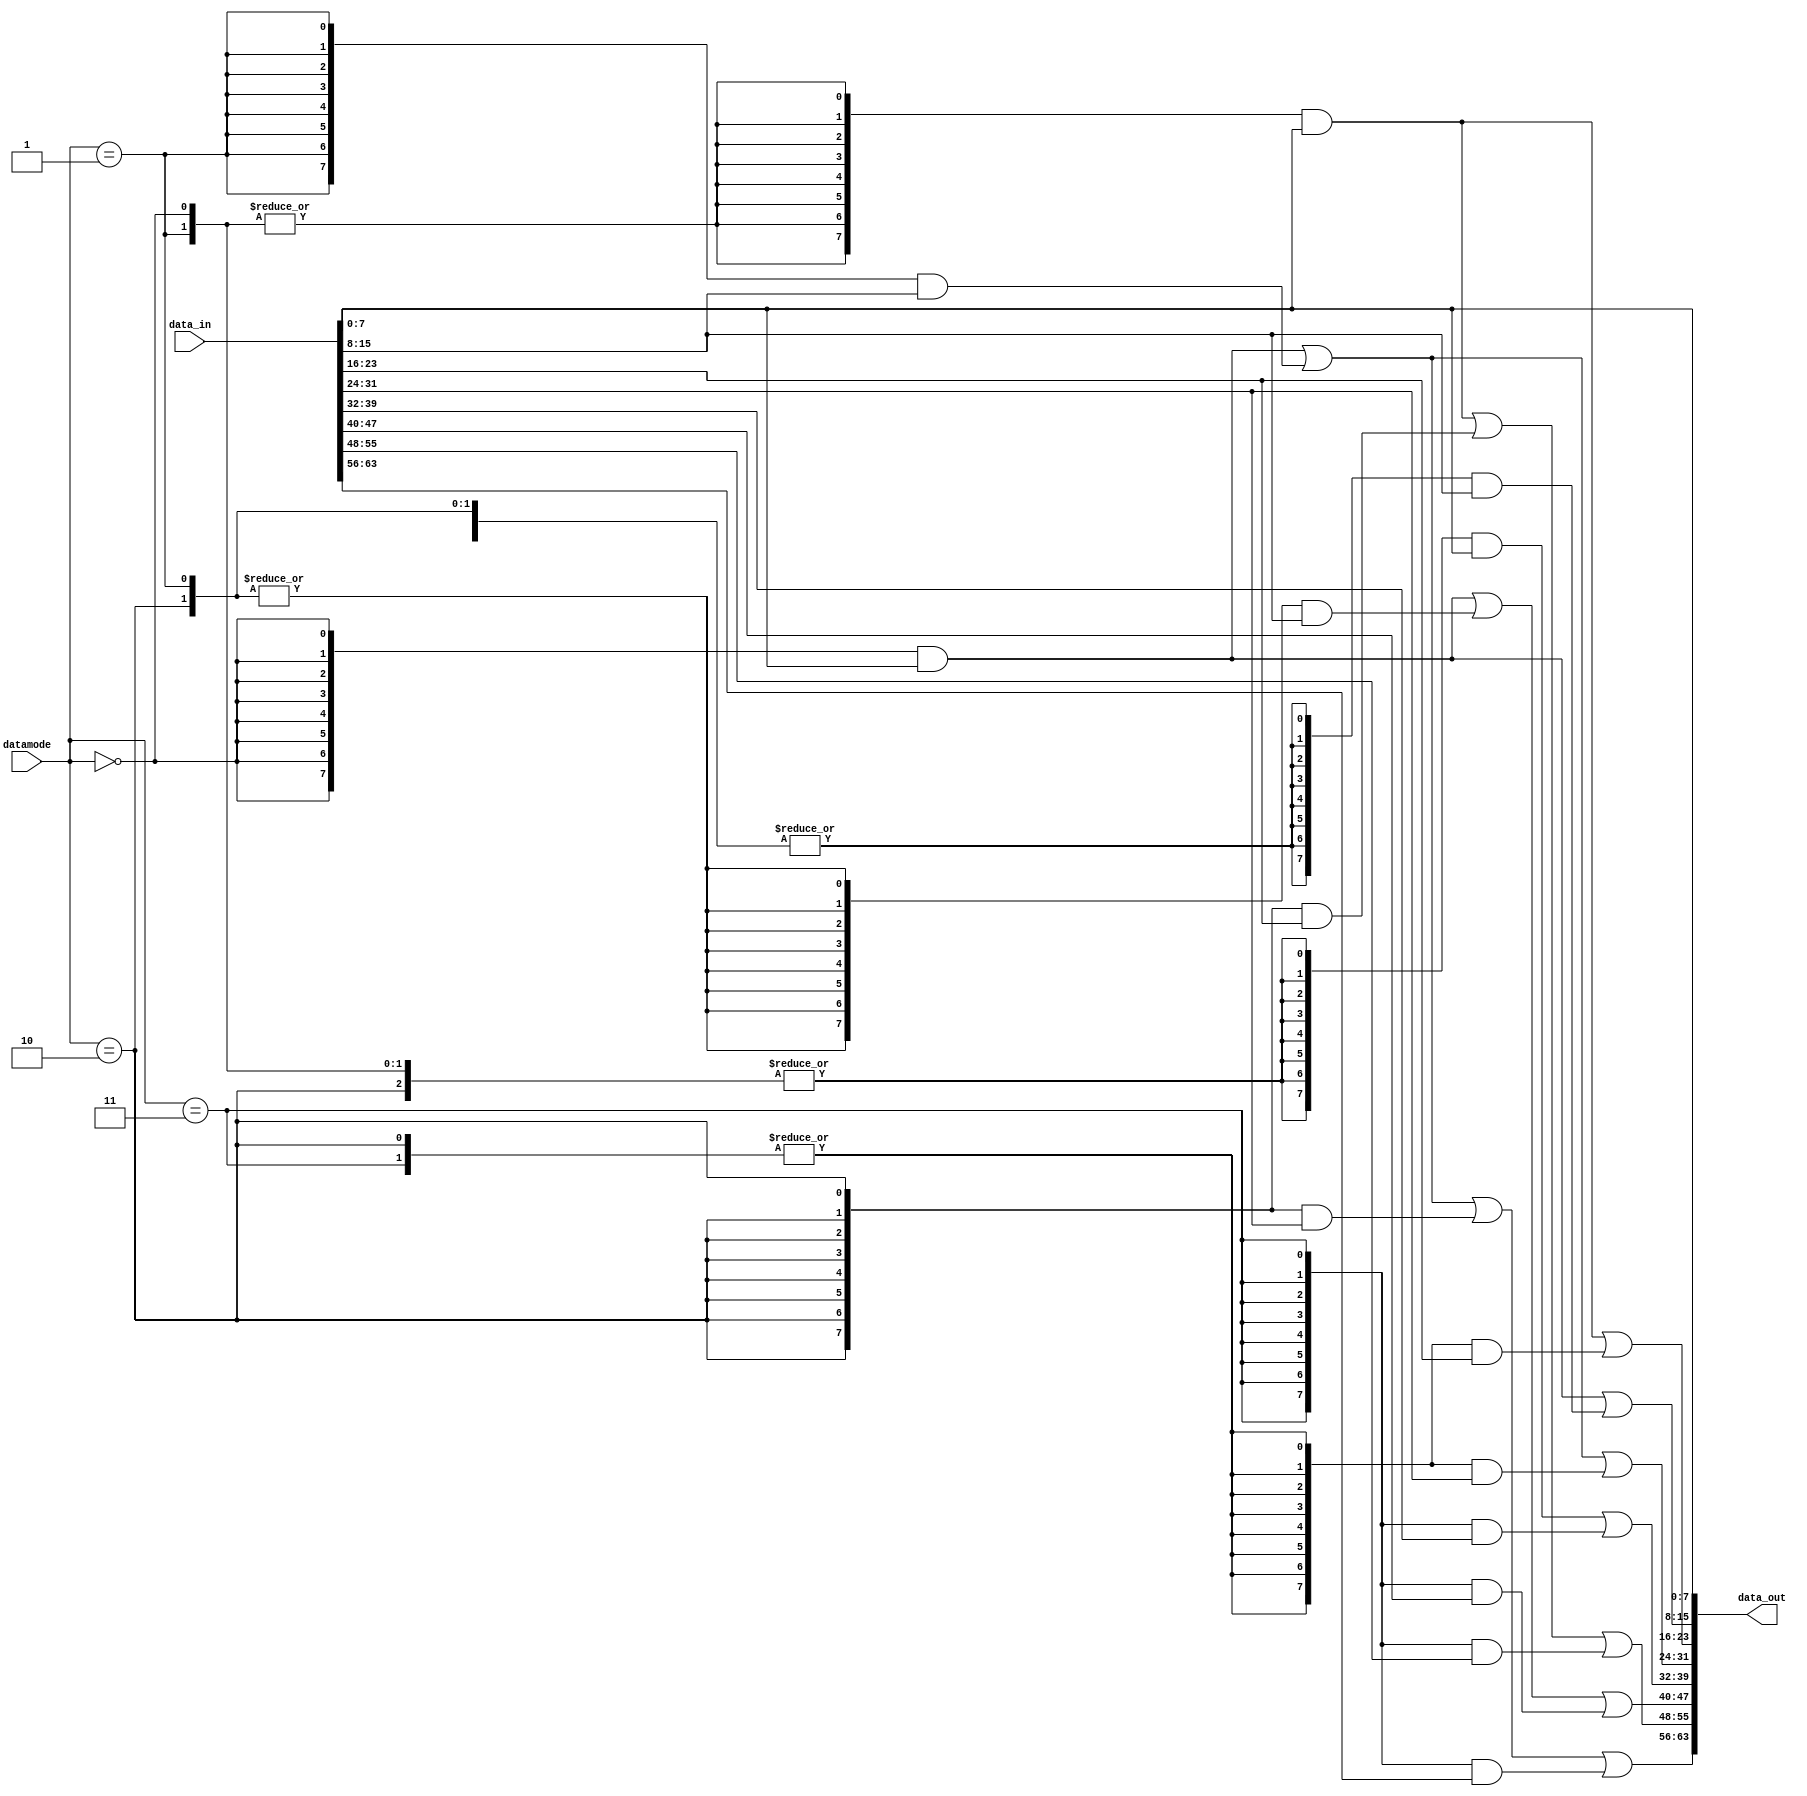
module emesh_wralign (/*AUTOARG*/
   // Outputs
   data_out,
   // Inputs
   datamode, data_in
   );

   input  [1:0]    datamode;
   input  [63:0]   data_in;
   output [63:0]   data_out;

   wire [3:0] data_size;
      
   assign data_size[0]= (datamode[1:0]==2'b00);//byte
   assign data_size[1]= (datamode[1:0]==2'b01);//short
   assign data_size[2]= (datamode[1:0]==2'b10);//word
   assign data_size[3]= (datamode[1:0]==2'b11);//double

   //B0(0)
   assign data_out[7:0]   = data_in[7:0];

   //B1(16 NAND2S,8 NOR2S)
   assign data_out[15:8]  = {(8){data_size[0]}}      & data_in[7:0]   |
                            {(8){(|data_size[3:1])}} & data_in[15:8] ;
   
   //B2(16 NAND2S,8 NOR2S)
   assign data_out[23:16] = {(8){(|data_size[1:0])}} & data_in[7:0]   |
                            {(8){(|data_size[3:2])}} & data_in[23:16] ; 

   //B3(24 NAND2S,8 NOR3S)
   assign data_out[31:24] = {(8){data_size[0]}}      & data_in[7:0]   |
                            {(8){data_size[1]}}      & data_in[15:8]  |
                            {(8){(|data_size[3:2])}} & data_in[31:24] ; 
   
   //B4(24 NAND2S,8 NOR3S)
   assign data_out[39:32] = {(8){(|data_size[2:0])}} & data_in[7:0]   |
                            {(8){data_size[3]}}      & data_in[39:32] ;

   //B5(24 NAND2S,8 NOR3S)
   assign data_out[47:40] = {(8){data_size[0]}}      & data_in[7:0]   |
                            {(8){(|data_size[2:1])}} & data_in[15:8]  |
                            {(8){data_size[3]}}      & data_in[47:40] ;

   //B6(24 NAND2S,8 NOR3S)
   assign data_out[55:48] = {(8){(|data_size[1:0])}} & data_in[7:0]   |
                            {(8){data_size[2]}}      & data_in[23:16] |
                            {(8){data_size[3]}}      & data_in[55:48] ;
   
   //B7(32 NAND2S,16 NOR2S)
   assign data_out[63:56] = {(8){data_size[0]}}      & data_in[7:0]   |
                            {(8){data_size[1]}}      & data_in[15:8]  |
                            {(8){data_size[2]}}      & data_in[31:24] |
                            {(8){data_size[3]}}      & data_in[63:56] ;

endmodule